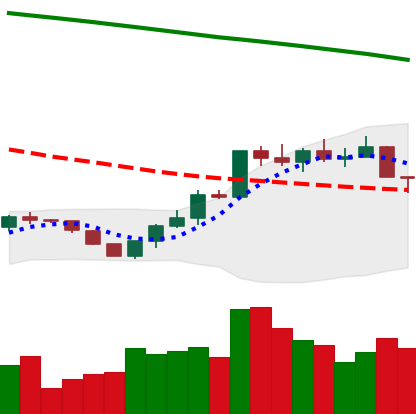
Ticker: ETH-USD
Chart end date: 2022-07-26
Forward return: 16.626%
Label: up_7plus